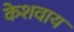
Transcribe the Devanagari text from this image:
केशवाय